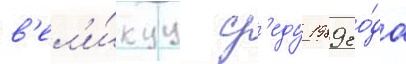
в'ел'и́куу ср'еду 1989 го́да